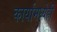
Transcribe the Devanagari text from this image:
कार्यामध्येही